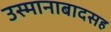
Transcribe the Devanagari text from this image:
उस्मानाबादसह